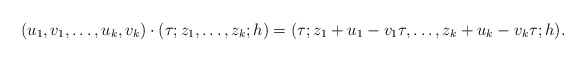
\begin{align*}(u_1,v_1, \ldots , u_k,v_k)\cdot (\tau ; z_1, \ldots , z_k ; h)=(\tau; z_1+u_1 - v_1 \tau ,\ldots, z_k + u_k - v_k \tau ; h).\end{align*}